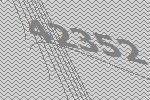
42352